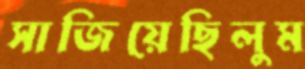
সাজিয়েছিলুম